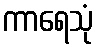
ကာရေသုံ